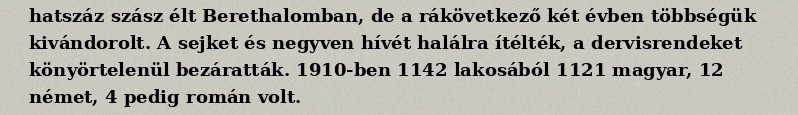
hatszáz szász élt Berethalomban, de a rákövetkező két évben többségük kivándorolt. A sejket és negyven hívét halálra ítélték, a dervisrendeket könyörtelenül bezáratták. 1910-ben 1142 lakosából 1121 magyar, 12 német, 4 pedig román volt.